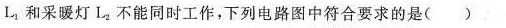
L1和采暖灯L2不能同时工作，下列电路图中符合要求的是 ()